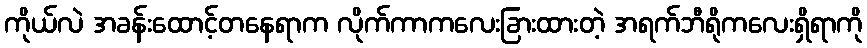
ကိုယ်လဲ အခန်းထောင့်တနေရာက လိုက်ကာကလေးခြားထားတဲ့ အရက်ဘီရိုကလေးရှိရာကို